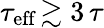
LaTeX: \tau_{\mathrm{eff}}\! \gtrsim 3\, \tau